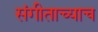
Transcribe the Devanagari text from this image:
संगीताच्याच